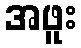
အဖူး